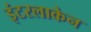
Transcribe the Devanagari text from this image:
इंटरलाकेन